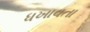
ધખાવતા